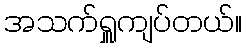
အသက်ရှူကျပ်တယ်။